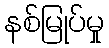
နစ်မြုပ်မှု